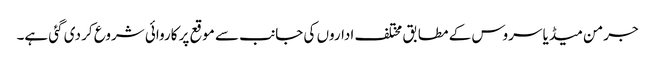
جرمن میڈیا سروس کے مطابق مختلف اداروں کی جانب سے موقع پر کاروائی شروع کر دی گئی ہے۔